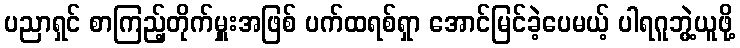
ပညာရှင် စာကြည့်တိုက်မှူးအဖြစ် ပက်ထရစ်ရှာ အောင်မြင်ခဲ့ပေမယ့် ပါရဂူဘွဲ့ယူဖို့